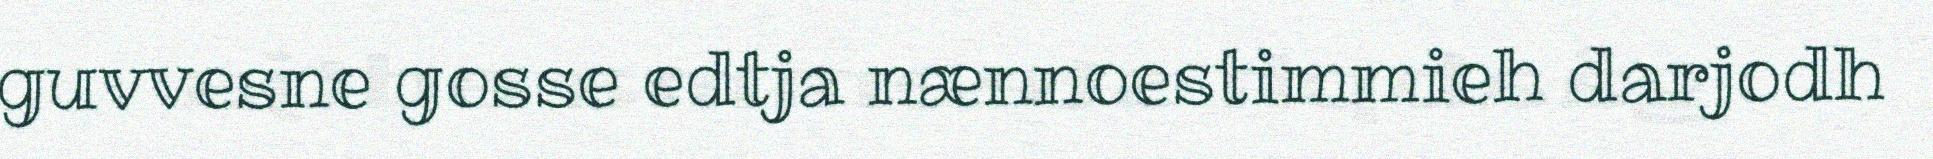
guvvesne gosse edtja nænnoestimmieh darjodh